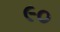
૯૦